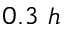
0 . 3 ~ h